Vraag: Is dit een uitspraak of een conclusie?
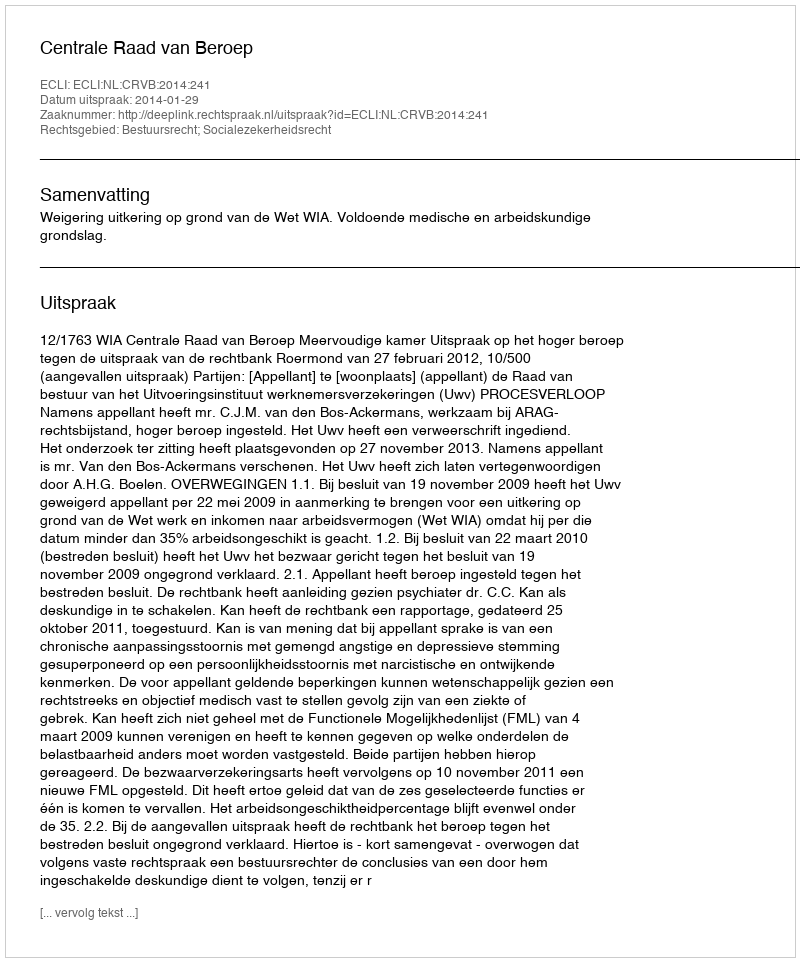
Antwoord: Uitspraak